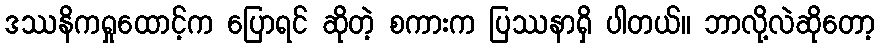
ဒဿနိကရှုထောင့်က ပြောရင် ဆိုတဲ့ စကားက ပြဿနာရှိ ပါတယ်။ ဘာလို့လဲဆိုတော့